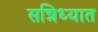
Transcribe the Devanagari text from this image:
सन्निध्यात